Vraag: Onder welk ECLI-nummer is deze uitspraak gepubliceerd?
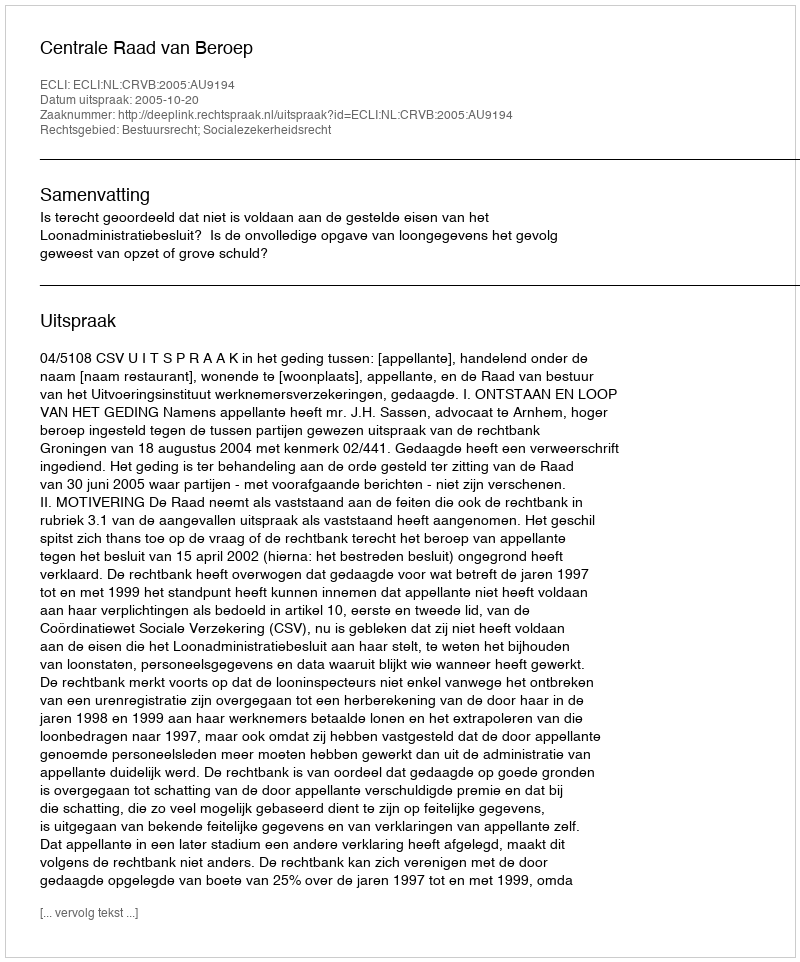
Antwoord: ECLI:NL:CRVB:2005:AU9194